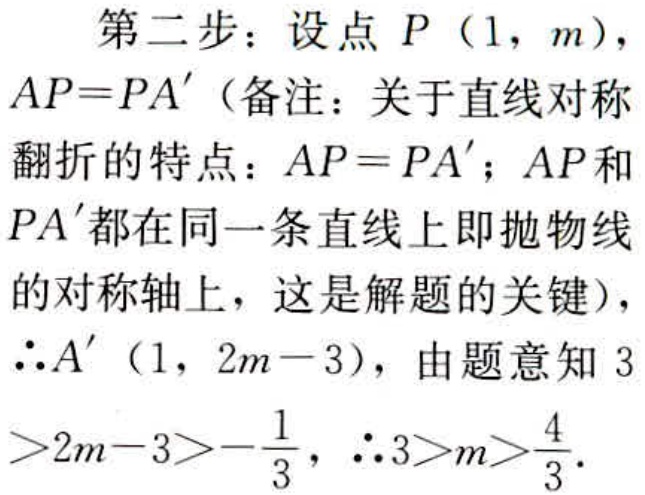
第二步：设点 \(P(1,m)\)，
\(AP = PA'\)（备注：关于直线对称
翻折的特点：\(AP = PA'\)；\(AP\)和
\(PA'\)都在同一条直线上即抛物线
的对称轴上，这是解题的关键），
\(\therefore A'(1,2m - 3)\)，由题意知 \(3
> 2m - 3>-\frac{1}{3}\)，\(\therefore 3>m>\frac{4}{3}\)。